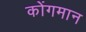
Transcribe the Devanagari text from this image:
कोंगमान